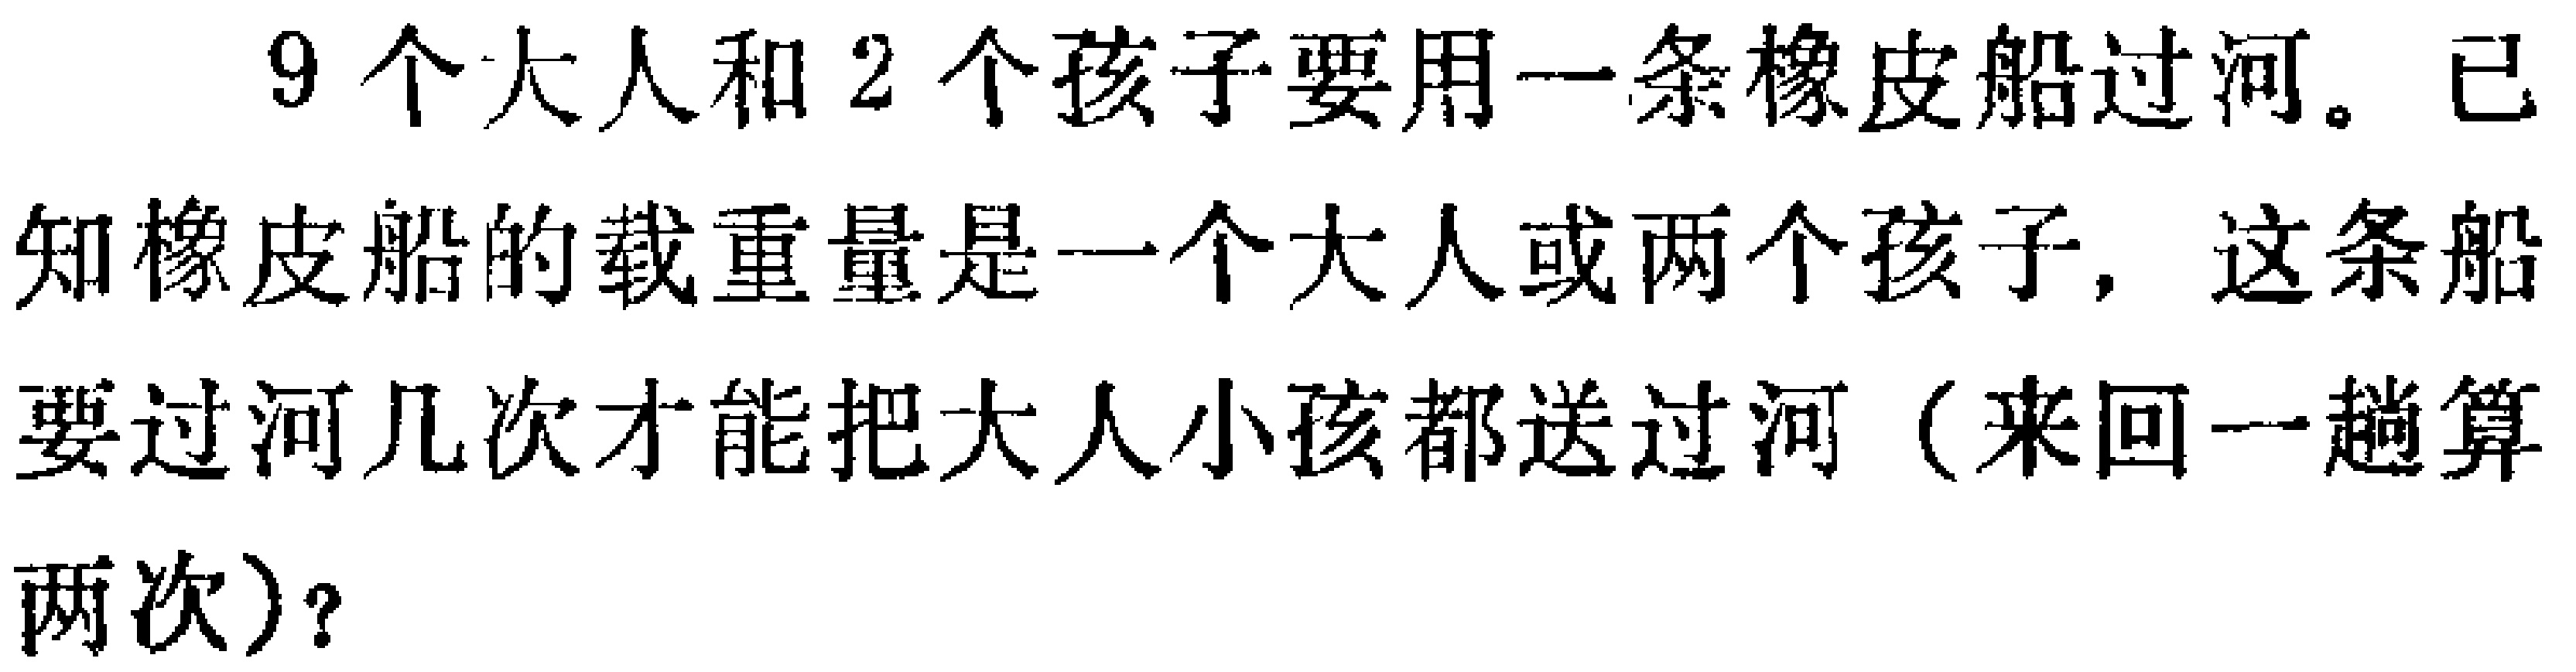
9个大人和2个孩子要用一条橡皮船过河。已知橡皮船的载重量是一个大人或两个孩子，这条船要过河几次才能把大人小孩都送过河（来回一趟算两次）？